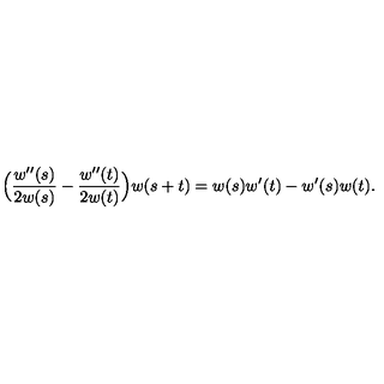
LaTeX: \Bigl ( { \frac { w ^ { \prime \prime } ( s ) } { 2 w ( s ) } } - { \frac { w ^ { \prime \prime } ( t ) } { 2 w ( t ) } } \Bigr ) w ( s + t ) = w ( s ) w ^ { \prime } ( t ) - w ^ { \prime } ( s ) w ( t ) .